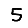
Digit: 5